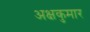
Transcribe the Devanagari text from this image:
अक्षकुमार